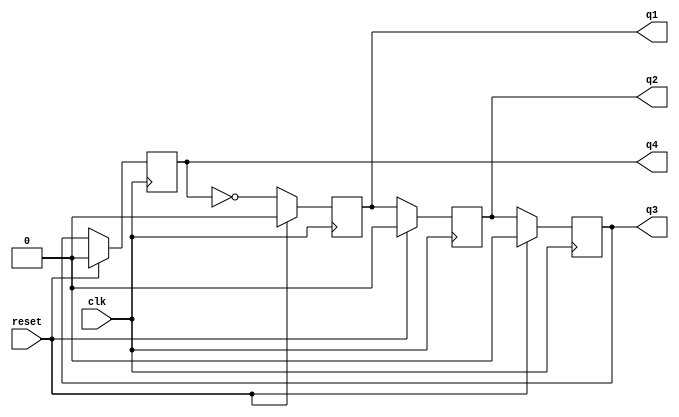
module contador(input clk, reset,
                    output reg q1, q2, q3, q4);
  always @(posedge clk) begin
    if (reset) begin
      q1 <= 1'b0;
      q2 <= 1'b0;
      q3 <= 1'b0;
      q4 <= 1'b0;
    end else begin
      q4 <= q3;
      q3 <= q2;
      q2 <= q1;
      q1 <= ~q4;
    end
  end
endmodule